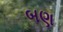
બણ